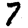
Digit: 7